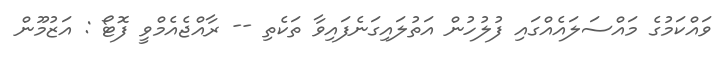
ވައްކަމުގެ މައްސަލައެއްގައި ފުލުހުން އަތުލައިގަނެފައިވާ ތަކެތި -- ރާއްޖެއެމްވީ ފޮޓޯ : އަޒުމޫން